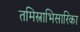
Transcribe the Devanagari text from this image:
तमिस्त्राभिसारिका